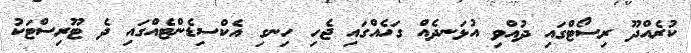
ކުރެއްދޫ ރިސޯޓްގައި ދުއްވި އުޅަނދެއް ގަހެއްގައި ޖެހި ހިނގި އެކްސިޑެންޓެއްގައި ދެ ޓޫރިސްޓަކު